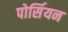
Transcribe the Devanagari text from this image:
पोर्सियन